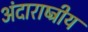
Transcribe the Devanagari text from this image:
अंदाराष्ट्रीय